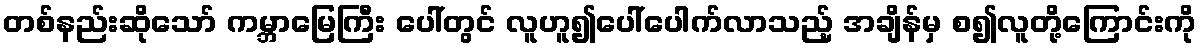
တစ်နည်းဆိုသော် ကမ္ဘာမြေကြီး ပေါ်တွင် လူဟူ၍ပေါ်ပေါက်လာသည့် အချိန်မှ စ၍လူတို့ကြောင်းကို